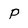
Character: P